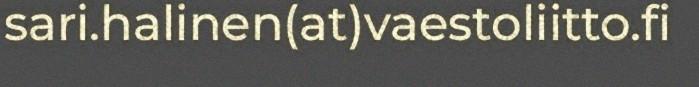
sari.halinen(at)vaestoliitto.fi